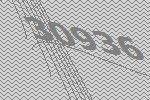
30936